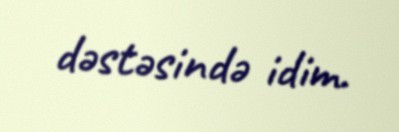
dəstəsində idim.